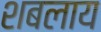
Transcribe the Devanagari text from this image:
शबलाय